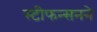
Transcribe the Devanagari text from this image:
स्टीफन्सनने